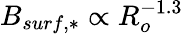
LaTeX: B_{surf,*}\propto R_{o}^{-1.3}